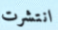
انتشرت